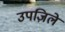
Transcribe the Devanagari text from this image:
उपज़िले